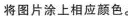
将图片涂上相应颜色.